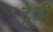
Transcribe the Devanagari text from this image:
ट्रेडी